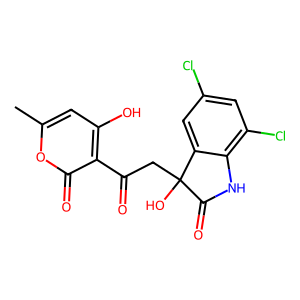
SMILES: Cc1cc(O)c(C(=O)CC2(O)C(=O)Nc3c(Cl)cc(Cl)cc32)c(=O)o1
Inhibits HIV replication: No